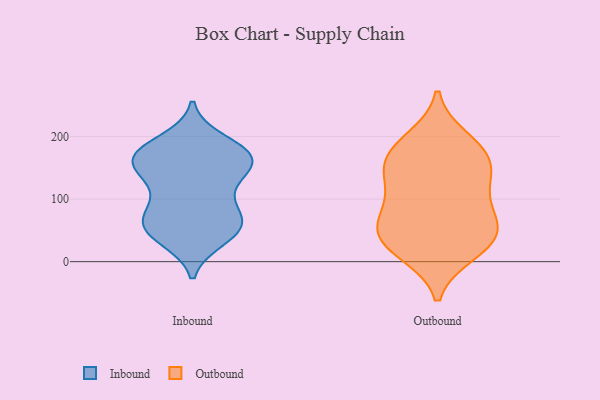
{"axis": {"x": "Demand Index", "y": "Value"}, "legend": ["Inbound", "Outbound"], "data": [{"x": "", "y": 137, "type": "Inbound"}, {"x": "", "y": 169, "type": "Inbound"}, {"x": "", "y": 149, "type": "Inbound"}, {"x": "", "y": 110, "type": "Inbound"}, {"x": "", "y": 164, "type": "Inbound"}, {"x": "", "y": 56, "type": "Inbound"}, {"x": "", "y": 83, "type": "Inbound"}, {"x": "", "y": 46, "type": "Inbound"}, {"x": "", "y": 58, "type": "Inbound"}, {"x": "", "y": 139, "type": "Inbound"}, {"x": "", "y": 74, "type": "Inbound"}, {"x": "", "y": 37, "type": "Inbound"}, {"x": "", "y": 192, "type": "Inbound"}, {"x": "", "y": 165, "type": "Inbound"}, {"x": "", "y": 174, "type": "Inbound"}, {"x": "", "y": 168, "type": "Inbound"}, {"x": "", "y": 46, "type": "Inbound"}, {"x": "", "y": 176, "type": "Inbound"}, {"x": "", "y": 73, "type": "Inbound"}, {"x": "", "y": 145, "type": "Outbound"}, {"x": "", "y": 14, "type": "Outbound"}, {"x": "", "y": 127, "type": "Outbound"}, {"x": "", "y": 87, "type": "Outbound"}, {"x": "", "y": 51, "type": "Outbound"}, {"x": "", "y": 46, "type": "Outbound"}, {"x": "", "y": 101, "type": "Outbound"}, {"x": "", "y": 26, "type": "Outbound"}, {"x": "", "y": 163, "type": "Outbound"}, {"x": "", "y": 144, "type": "Outbound"}, {"x": "", "y": 62, "type": "Outbound"}, {"x": "", "y": 20, "type": "Outbound"}, {"x": "", "y": 171, "type": "Outbound"}, {"x": "", "y": 56, "type": "Outbound"}, {"x": "", "y": 196, "type": "Outbound"}, {"x": "", "y": 186, "type": "Outbound"}]}